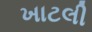
ખાટલી